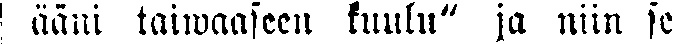
ääni taiwaaseen kuulu" ja niin se